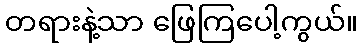
တရားနဲ့သာ ဖြေကြပေါ့ကွယ်။